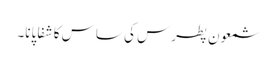
شمعون پطرس کی ساس کا شفا پانا۔